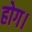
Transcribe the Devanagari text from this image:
होग।